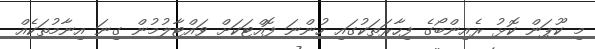
މި ކޫޕަން ކޮޅު ރެއިންބޯގެ ފިހާރަތަކުގައި ހުންނަ ފޮއްޓަކަށް ވައްޓާލުމުން ގިނަ އިނާމުތަކެއް